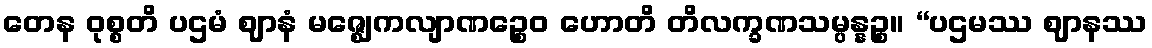
တေန ဝုစ္စတိ ပဌမံ ဈာနံ မဇ္ဈေကလျာဏဉ္စေဝ ဟောတိ တိလက္ခဏသမ္ပန္နဉ္စ။ “ပဌမဿ ဈာနဿ